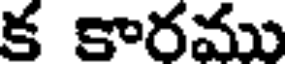
క కారము